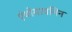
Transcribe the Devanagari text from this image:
एंथोयायनिन